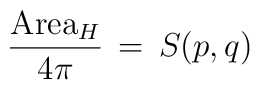
\frac{\mbox{Area}_H}{4\pi} \, = \, S(p,q)